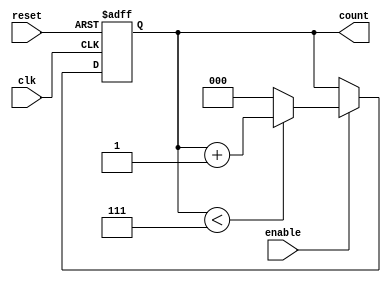
module UpCounterMoore (
    input wire clk,          // Clock signal
    input wire reset,        // Asynchronous reset
    input wire enable,       // Enable signal for counting
    output reg [N-1:0] count // Output count value
);
    parameter N = 3;         // Number of bits for the counter
    localparam MAX_COUNT = (1 << N) - 1; // Maximum count value (2^N - 1)

    // State register (current state)
    reg [N-1:0] state;

    always @(posedge clk or posedge reset) begin
        if (reset) begin
            // Asynchronous reset to state 0
            state <= 0;
        end else if (enable) begin
            // Transition to the next state (increment)
            if (state < MAX_COUNT) begin
                state <= state + 1;
            end else begin
                state <= 0; // Wrap around to 0
            end
        end
    end

    // Output is the current state
    always @(state) begin
        count <= state;
    end

endmodule